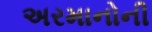
અરમાનોની